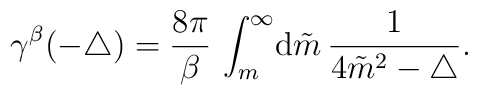
\gamma^{\beta} ({-\triangle})= 	\frac{ 8   \pi }{  \beta} \, 	\int_{m}^{\infty} \! {\mathrm d} \tilde{m} \,      	\frac{1}{ 4 {\tilde{m}}^2 - \triangle }.